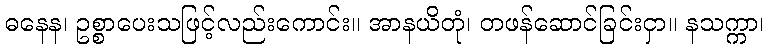
ဓနေန၊ ဥစ္စာပေးသဖြင့်လည်းကောင်း။ အာနယိတုံ၊ တဖန်ဆောင်ခြင်းငှာ။ နသက္ကာ၊